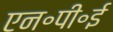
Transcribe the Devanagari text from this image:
एन॰पी॰ई